Civil Veterinary Department Bihar & Orissa reports 1911-21 - 1911-1921
Year: 1911
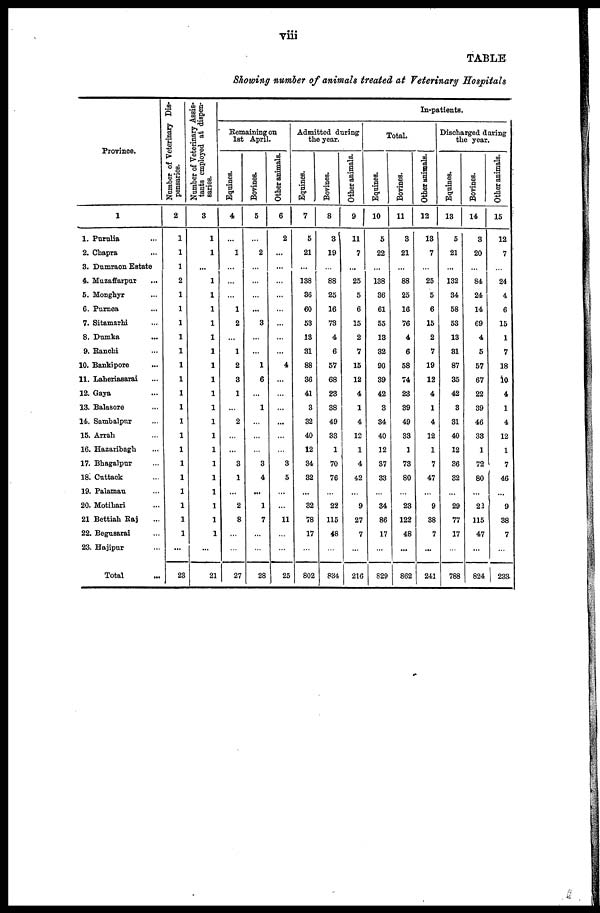
viii
TABLE
Showing number of animals treated at Veterinary Hospitals
Province.
1
1. Purulia ...
2. Chapra ...
3. Dumraon Estate
4. Muzaffarpur ...
5. Monghyr ...
6. Purnea ...
7. Sitamarhi ...
8. Dumka ...
9. Ranchi ...
10. Bankipore ...
11. Laheriasarai ...
12. Gaya ...
13. Balasore ...
14. Sambalpur ...
15. Arrah ...
16. Hazaribagh ...
17. Bhagalpur ...
18. Cuttack ...
19. Palamau ...
20. Motihari ...
21 Bettiah Raj ...
22. Begusarai ...
23. Hajipur ...
Total
Number of Veterinary Dis-
pensaries.
2
1
1
1
1
1
1
1
1
1
1
1
1
1
1
1
1
1
1
1
1
1
1
..
23
Number of Veterinary Assis-
tants employed at dispen-
saries.
3
1
1
...
1
1
1
1
1
1
1
1
1
1
1
1
1
1
1
1
1
1
1
....
21
In-patients.
Remaining on
let April.
Equines.
4
...
1
...
...
...
1
2
...
1
2
3
1
...
2
...
...
3
1
...
2
8
...
...
27
Bovines.
5
...
2
...
...
...
...
3
...
...
1
6
...
1
...
...
...
3
4
...
1
7
...
...
28
Other animals.
6
2
...
...
...
...
...
...
...
...
4
...
...
...
...
...
...
3
5
...
...
11
...
...
25
Admitted during
the year.
Equines.
7
5
21
...
138
36
60
53
13
31
88
36
41
3
32
40
12
34
32
...
32
78
17
...
802
Bovines.
8
3
19
...
88
25
16
73
4
6
57
68
23
38
49
33
1
70
76
...
22
115
48
...
834
Other animals.
9
11
7
...
25
5
6
15
2
7
15
12
4
1
4
12
1
4
42
...
9
27
7
...
21G
Total.
Equines.
10
5
22
...
138
36
61
55
13
32
90
39
42
3
34
40
12
37
33
...
34
86
17
...
829
Bovines.
11
3
21
...
88
25
16
76
4
6
58
74
23
39
49
33
1
73
80
...
23
122
48
...
862
Other animals.
12
13
7
...
25
5
6
15
2
7
19
12
4
1
4
12
1
7
47
...
9
38
7
...
241
Discharged daring
the year.
Equines.
13
5
21
...
132
34
58
53
13
81
87
35
42
3
81
40
12
36
82
...
29
77
17
...
788
Bovines.
14
3
20
...
84
24
14
69
4
5
57
67
22
39
46
33
1
72
80
...
22
115
47
...
824
Other animals.
15
12
7
...
24
4
6
15
1
7
18
10
4
1
4
12
1
7
46
...
9
38
7
...
233